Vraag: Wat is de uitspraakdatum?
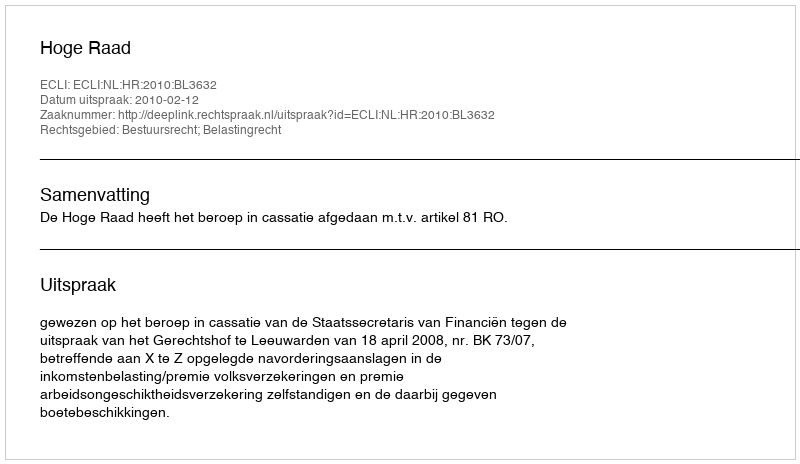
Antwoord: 2010-02-12